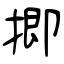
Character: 揤